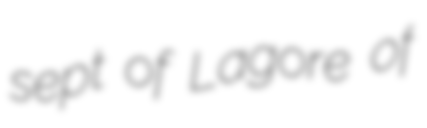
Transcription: sept of Lagore of